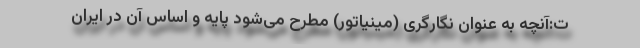
ت:آنچه به عنوان نگارگری (مینیاتور) مطرح می‌شود پایه و اساس آن در ایران